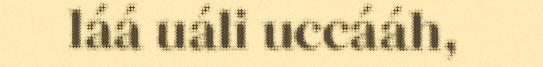
láá uáli uccááh,